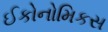
ઈકોનોમિકસ